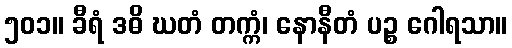
၅၀၁။ ခီရံ ဒဓိ ဃတံ တက္ကံ၊ နောနီတံ ပဉ္စ ဂေါရသာ။